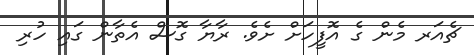
ޗެއަރ މެން ގެ އޮފީހަށް ށެވެ. ރާޔާ ގޮސް އެތާން ގައި ހުރި